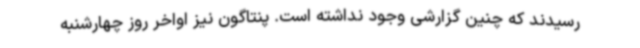
رسیدند که چنین گزارشی وجود نداشته است. پنتاگون نیز اواخر روز چهارشنبه